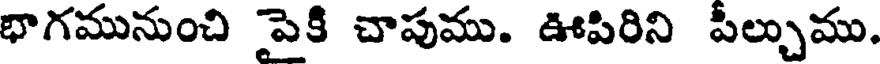
భాగమునుంచి పెకి చాపుము. ఊపిరిని పీల్చుము.